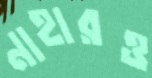
নাহারও